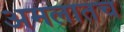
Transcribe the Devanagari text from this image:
अमलातच